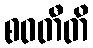
စဝတီတိ